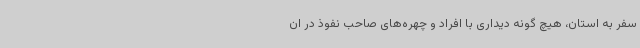
سفر به استان، هیچ گونه دیداری با افراد و چهره‌های صاحب نفوذ در ان